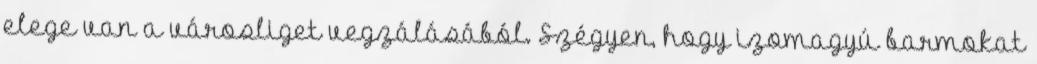
elege van a városliget vegzálásából. Szégyen, hogy izomagyú barmokat